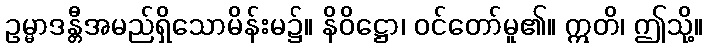
ဥမ္မာဒန္တီအမည်ရှိသောမိန်းမ၌။ နိဝိဋ္ဌော၊ ဝင်တော်မူ၏။ ဣတိ၊ ဤသို့။